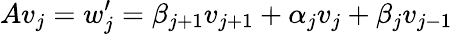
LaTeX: Av_{j}=w_{j}^{\prime}=\beta_{j+1}v_{j+1}+\alpha_{j}v_{j}+\beta_{j}v_{j-1}